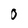
Character: 0